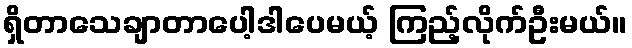
ရှိတာသေချာတာပေါ့ဒါပေမယ့် ကြည့်လိုက်ဦးမယ်။